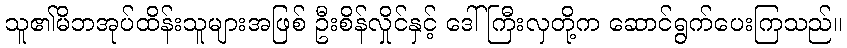
သူ၏မိဘအုပ်ထိန်းသူများအဖြစ် ဦးစိန်လှိုင်နှင့် ဒေါ်ကြီးလှတို့က ဆောင်ရွက်ပေးကြသည်။